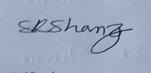
Signature authenticity: genuine